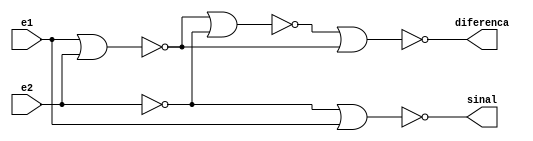
// ---------------------
// Guia 05_05 - Diferena-completa de valores binrios com trs bits cada
// Nome: Anderson Belchior de Carvalho
// ---------------------

module meiadiferencanand(diferenca,sinal,e1,e2);
output diferenca,sinal;
input e1,e2;
wire temp1,temp2,temp3,temp4,temp5,temp6,temp7;

nor NOR1 (temp1,e1,e2);
nor NOR2 (temp2,e2,e2);
nor NOR3 (temp3,temp1,temp2);
nor NOR4 (temp4,e1,e2);
nor NOR5 (diferenca,temp3,temp4);
nor NOR6 (temp5,e2,e2);
nor NOR7 (temp6,e1,e1);
nor NOR8 (temp7,temp6,temp6);
nor NOR9 (sinal,temp5,temp7);

endmodule


module somacompletanand(diferenca,sinal,e1,e2,e3);

output diferenca,sinal;
input e1,e2,e3;
wire temp1,temp2,temp3;

meiadiferencanand DIFERENCANOR1 (temp1,temp2,e1,e2);
meiadiferencanand DIFERENCANOR2 (diferenca,temp3,temp1,e3);
nor NOR1 (temp4,temp2,temp3);
nor NOR2 (sinal,temp4,temp4);

endmodule


module diferencacompleta3bits(diferenca,sinal,e1,e2);

output [2:0]diferenca;
output sinal;
input [2:0]e1,e2;
wire sinal1,sinal2;

meiadiferencanand MEIADIFERENCA1 (diferenca[0],sinal1,e1[0],e2[0]);
somacompletanand DIFERENCACOMPLETA2 (diferenca[1],sinal2,e1[1],e2[1],sinal1);
somacompletanand DIFERENCACOMPLETA3 (diferenca[2],sinal,e1[2],e2[2],sinal2);

endmodule


module testsubtrator3bits;
reg [2:0]e1,e2;
wire [2:0]diferenca;
wire sinal;
integer i,j;

diferencacompleta3bits SOMACOMPLETA1 (diferenca,sinal,e1,e2);

initial begin: start
		e1=0; e2=0;
end

	initial begin:main
      $display("\nguia05_05 - Anderson Belchior de Carvalho - 396673\n");
		$display("Circuito Diferenca Completa com 3 bits ");
		#1 $display(" e1 -     e2 = sinal  diferenca ");
		#1 $monitor(" %3b - %3b =   %b    %3b", e1,e2,sinal,diferenca);

		for( i=0; i<=7; i = i+1 )
		begin
			e1 = i;
			for ( j=0; j<=7; j = j+1 )
			begin
				#1 e2 = j;
			end
		end

	end

endmodule //fim guia05_05